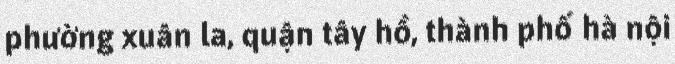
phường xuân la, quận tây hồ, thành phố hà nội